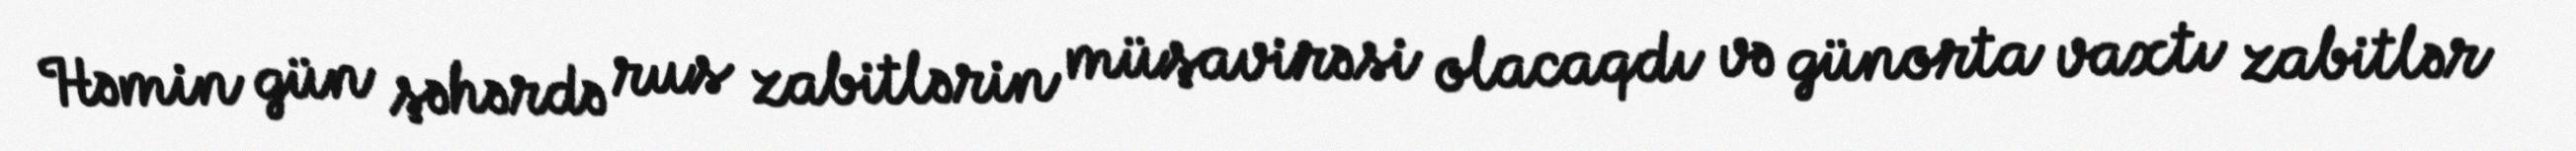
Həmin gün şəhərdə rus zabitlərin müşavirəsi olacaqdı və günorta vaxtı zabitlər